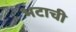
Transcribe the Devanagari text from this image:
भटाची